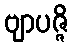
ဗျာပဇ္ဇိ